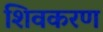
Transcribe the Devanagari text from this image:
शिवकरण